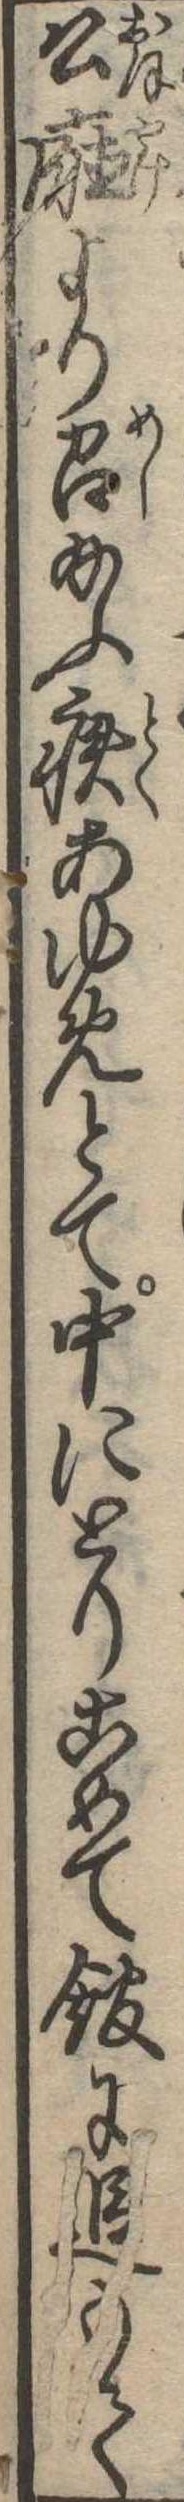
公庁より召給ふ疾あゆめとて中にとりこめて館に追もて